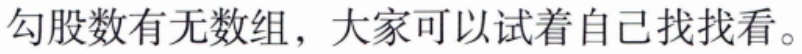
勾股数有无数组，大家可以试着自己找找看。